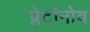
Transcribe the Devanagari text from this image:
प्लेटॉनोव